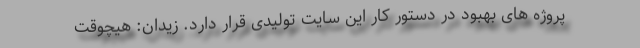
پروژه های بهبود در دستور کار این سایت تولیدی قرار دارد. زیدان: هیچوقت